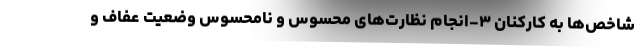
شاخص‌ها به کارکنان ۳-انجام نظارت‌های محسوس و نامحسوس وضعیت عفاف و